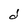
Character: d